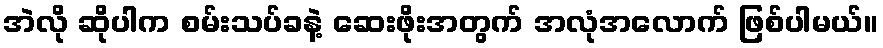
အဲလို ဆိုပါက စမ်းသပ်ခနဲ့ ဆေးဖိုးအတွက် အလုံအလောက် ဖြစ်ပါမယ်။